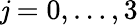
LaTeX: \mathit{j}=0,\ldots,3